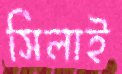
সিলাই